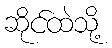
ဆိုင်ထဲသို့